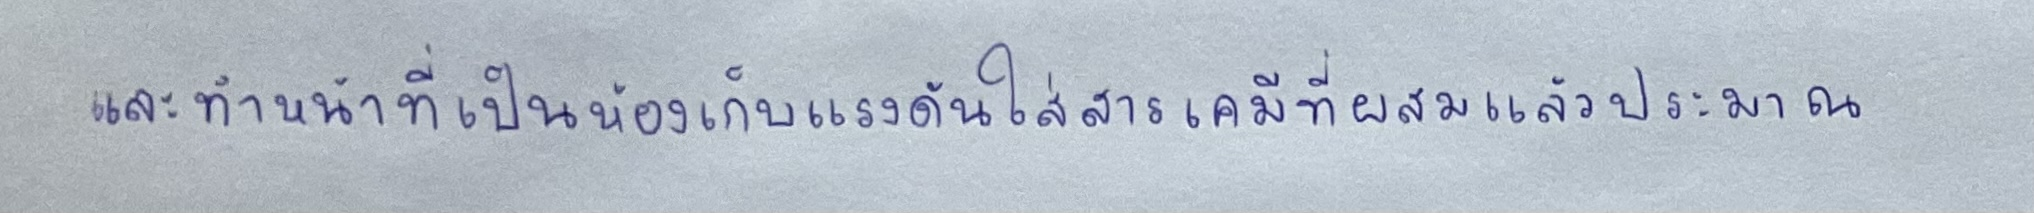
และทำหน้าที่เป็นห้องเก็บแรงดันใส่สารเคมีที่ผสมแล้วประมาณ